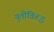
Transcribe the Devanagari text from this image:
युतीविरुद्ध